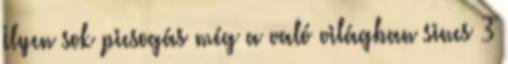
Ilyen sok picsogás még a való világban sincs 3